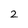
Character: 2